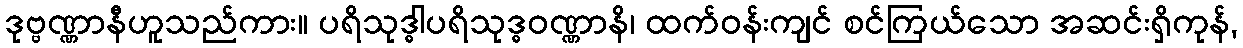
ဒုဗ္ဗဏ္ဏာနီဟူသည်ကား။ ပရိသုဒ္ဓါပရိသုဒ္ဓဝဏ္ဏာနိ၊ ထက်ဝန်းကျင် စင်ကြယ်သော အဆင်းရှိကုန်,